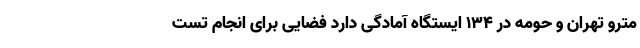
مترو تهران و حومه در 134 ایستگاه آمادگی دارد فضایی برای انجام تست